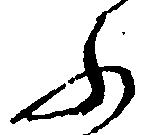
ふ